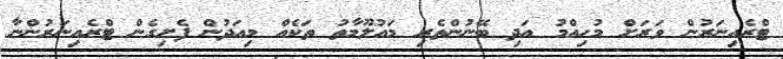
ޓްރެއިނަރުން ވަރަށް މުހިއްމު އަދި ބޭނުންތެރި މައުލޫމާތު ތަކެއް މިއަދުން ފެށިގެން ޓްރެއިނަރުންނާ